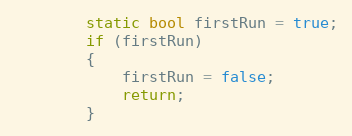
Language: C++
        static bool firstRun = true;
        if (firstRun)
        {
            firstRun = false;
            return;
        }